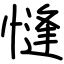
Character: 㦀